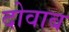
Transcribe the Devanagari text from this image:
दोवाब